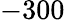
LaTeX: -300